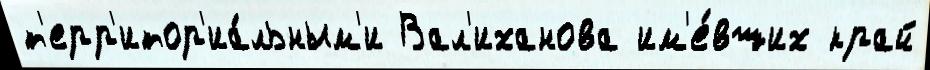
т'ерр'итор'иа́льным'и Вал'иханова им'е́вших край